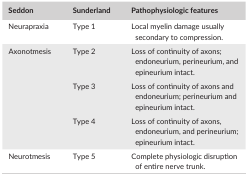
<table><thead><tr><td><b>Seddon</b></td><td><b>Sunderland</b></td><td><b>Pathophysiologic features</b></td></tr></thead><tbody><tr><td>Neurapraxia</td><td>Type 1</td><td>Local myelin damage usually secondary to compression.</td></tr><tr><td rowspan="3">Axonotmesis</td><td>Type 2</td><td>Loss of continuity of axons; endoneurium, perineurium, and epineurium intact.</td></tr><tr><td>Type 3</td><td>Loss of continuity of axons and endoneurium; perineurium and epineurium intact.</td></tr><tr><td>Type 4</td><td>Loss of continuity of axons, endoneurium, and perineurium; epineurium intact.</td></tr><tr><td>Neurotmesis</td><td>Type 5</td><td>Complete physiologic disruption of entire nerve trunk.</td></tr></tbody></table>